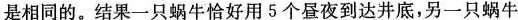
是相同的。结果一只蜗牛恰好用5个昼夜到达井底，另一只蜗牛